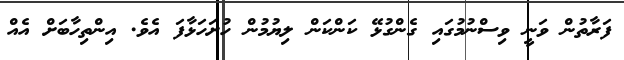
ފަރާތުން ވަނީ ވިސްނުމުގައި ގެންގުޅޭ ކަންކަން ލިޔުމުން ހުށަހަޅާފަ އެވެ. އިންތިހާބަށް އެއް